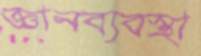
জ্ঞানব্যবস্থা